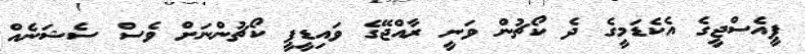
ޕީއެސްޖީގެ އެކެޑަމީގެ ދެ ކޯޗުން ވަނީ ރާއްޖޭގެ ވައިޑީޕީ ކޯޗުންނަށް ވެސް ސެޝަނެއް